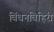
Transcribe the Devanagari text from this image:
विंधनविहिरी